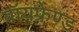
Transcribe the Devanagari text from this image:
बॉयफ्रेण्ड